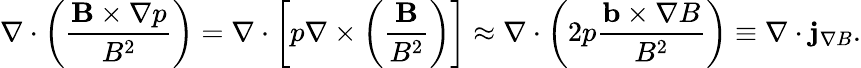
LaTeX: \nabla\cdot\left(\frac{\mathbf{B}\times\nabla p}{B^{2}}\right)=\nabla\cdot\left[p\nabla\times\left(\frac{\mathbf{B}}{B^{2}}\right)\right]\approx\nabla\cdot\left(2p\frac{\mathbf{b}\times\nabla B}{B^{2}}\right)\equiv\nabla\cdot\mathbf{j}_{\nabla B}.